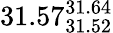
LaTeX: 31.57_{31.52}^{31.64}